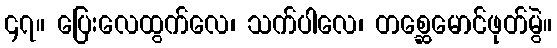
၄၇။ ပြေးလေထွက်လေ၊ သက်ပါလေ၊ တစ္ဆေမောင်ဖုတ်မွဲ။